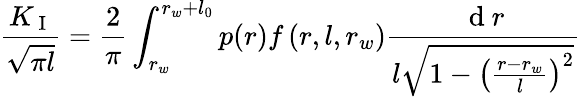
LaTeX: \frac{K_{\mathrm{~I~}}}{\sqrt{\pi l}}=\frac{2}{\pi}\int_{r_{w}}^{r_{w}+l_{0}}p(r)f\left(r,l,r_{w}\right)\frac{\mathrm{~d~}r}{l\sqrt{1-\left(\frac{r-r_{w}}{l}\right)^{2}}}